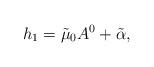
LaTeX: \begin{align*}h_{1}=\tilde{\mu}_{0}A^{0}+\tilde{\alpha}, \end{align*}